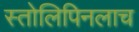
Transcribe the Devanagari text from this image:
स्तोलिपिनलाच